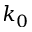
k _ { 0 }